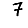
Digit: 7